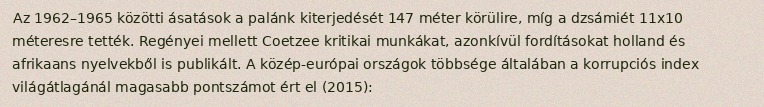
Az 1962–1965 közötti ásatások a palánk kiterjedését 147 méter körülire, míg a dzsámiét 11x10 méteresre tették. Regényei mellett Coetzee kritikai munkákat, azonkívül fordításokat holland és afrikaans nyelvekből is publikált. A közép-európai országok többsége általában a korrupciós index világátlagánál magasabb pontszámot ért el (2015):